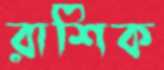
রাশিক